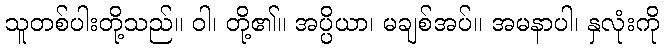
သူတစ်ပါးတို့သည်။ ဝါ၊ တို့၏။ အပ္ပိယာ၊ မချစ်အပ်။ အမနာပါ၊ နှလုံးကို